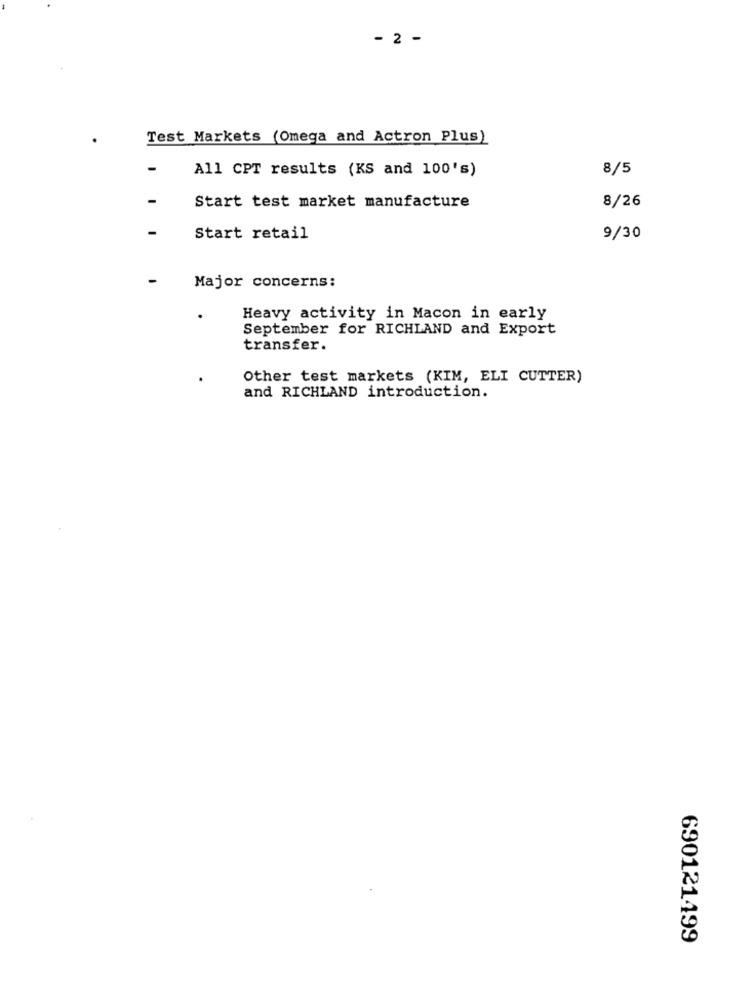
- 2 -
Test Markets (Omega and Actron Plus)
All CPT results (KS and 100's)
8/5
-
8/26
Start test market manufacture
Start retail
9/30
Major concerns:
Heavy activity in Macon in early
September for RICHLAND and Export
transfer.
Other test markets (KIM, ELI CUTTER)
and RICHLAND introduction.
690121499